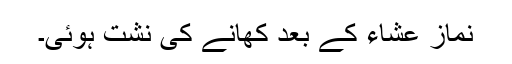
نماز عشاء کے بعد کھانے کی نشت ہوئی۔